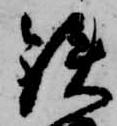
鉄